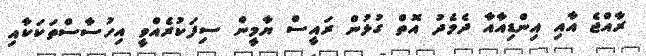
ރާއްޖެ އާއި އިންޑިއާއާ ދެމެދު އޮތް ގުޅުން ރައީސް ޔާމީން ސިފަކުރެއްވީ އިހުސާސްތަކަކާއި